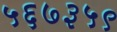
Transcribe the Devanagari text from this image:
५६७३५९